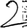
Digit: 2